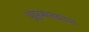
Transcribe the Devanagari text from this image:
धुंधुरमासव्रतात